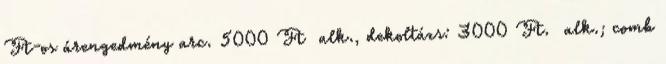
Ft-os árengedmény arc. 5000 Ft alk., dekoltázs: 3000 Ft. alk.; comb